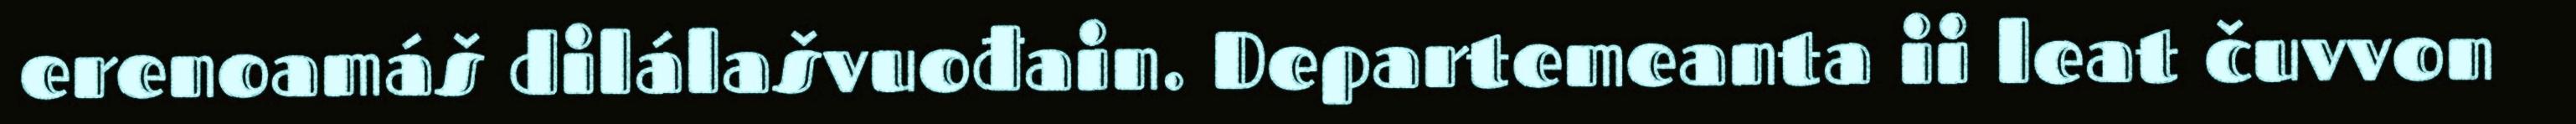
erenoamáš dilálašvuođain. Departemeanta ii leat čuvvon